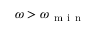
\omega > \omega _ { \mathrm { ~ m ~ i ~ n ~ } }